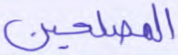
المصلحين